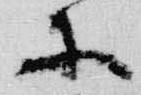
等